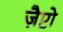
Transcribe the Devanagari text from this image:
ज़ैप्टो